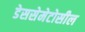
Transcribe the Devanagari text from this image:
डेससेमेटोसील